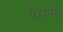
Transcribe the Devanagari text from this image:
वेरोनेसे